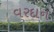
વરદાન